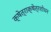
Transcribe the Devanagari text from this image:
क्षेत्राक्षेत्रशोधन